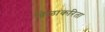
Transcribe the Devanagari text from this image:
खेळांकरिता